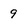
Character: 9